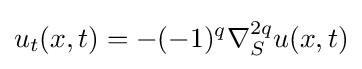
u_{t}(x,t)=-(-1)^{q}\nabla _{S}^{2q}u(x,t)